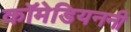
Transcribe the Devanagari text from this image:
कॉमेडियननी